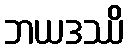
ဘယဒဿိ